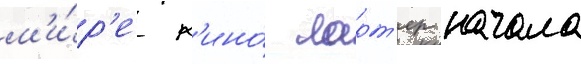
м'и́р'е к'ино́ ларт'ер начала